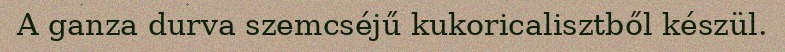
A ganza durva szemcséjű kukoricalisztből készül.